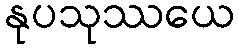
နုပသုဿယေ